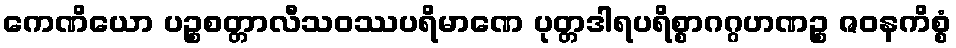
ကေဏိယော ပဉ္စစတ္တာလီသဝဿပရိမာဏေ ပုတ္တဒါရပရိစ္စာဂဂ္ဂဟဏဉ္စ ဇဝနကိစ္စံ